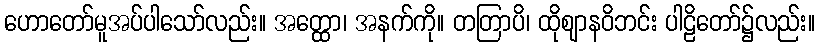
ဟောတော်မူအပ်ပါသော်လည်း။ အတ္ထော၊ အနက်ကို။ တတြာပိ၊ ထိုဈာနဝိဘင်း ပါဠိတော်၌လည်း။